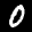
Label: 0